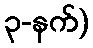
၃-နက်)